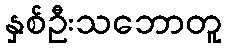
နှစ်ဦးသဘောတူ